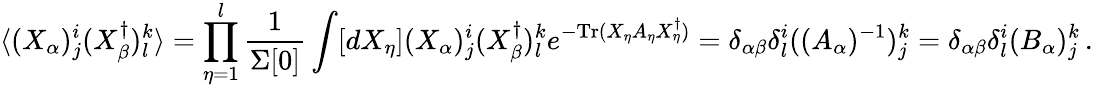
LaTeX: \langle(X_{\alpha})_{j}^{i}(X_{\beta}^{\dagger})_{l}^{k}\rangle=\prod_{\eta=1}^{l}\frac{1}{\Sigma[0]}\int[dX_{\eta}](X_{\alpha})_{j}^{i}(X_{\beta}^{\dagger})_{l}^{k}e^{-\mathrm{Tr}(X_{\eta}A_{\eta}X_{\eta}^{\dagger})}=\delta_{\alpha\beta}\delta_{l}^{i}((A_{\alpha})^{-1})_{j}^{k}=\delta_{\alpha\beta}\delta_{l}^{i}(B_{\alpha})_{j}^{k}\, .